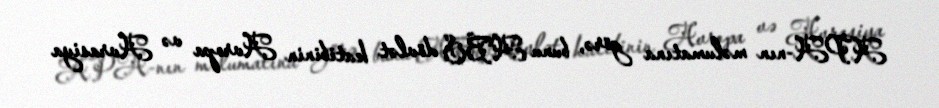
APA-nın məlumatına görə, bunu ABŞ dövlət katibinin Avropa və Avrasiya